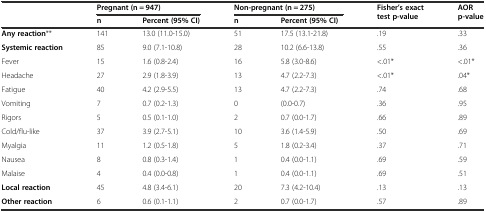
<table><thead><tr><td></td><td colspan="2"><b>Pregnant (n = 947)</b></td><td colspan="2"><b>Non-pregnant (n = 275)</b></td><td rowspan="2"><b>Fisher’s exact test p-value</b></td><td rowspan="2"><b>AOR p-value</b></td></tr><tr><td></td><td><b>n</b></td><td><b>Percent (95% CI)</b></td><td><b>n</b></td><td><b>Percent (95% CI)</b></td></tr></thead><tbody><tr><td><b>Any reaction</b>**</td><td>141</td><td>13.0 (11.0-15.0)</td><td>51</td><td>17.5 (13.1-21.8)</td><td>.19</td><td>.33</td></tr><tr><td><b>Systemic reaction</b></td><td>85</td><td>9.0 (7.1-10.8)</td><td>28</td><td>10.2 (6.6-13.8)</td><td>.55</td><td>.36</td></tr><tr><td>Fever</td><td>15</td><td>1.6 (0.8-2.4)</td><td>16</td><td>5.8 (3.0-8.6)</td><td>&lt;.01*</td><td>&lt;.01*</td></tr><tr><td>Headache</td><td>27</td><td>2.9 (1.8-3.9)</td><td>13</td><td>4.7 (2.2-7.3)</td><td>&lt;.01*</td><td>.04*</td></tr><tr><td>Fatigue</td><td>40</td><td>4.2 (2.9-5.5)</td><td>13</td><td>4.7 (2.2-7.3)</td><td>.74</td><td>.68</td></tr><tr><td>Vomiting</td><td>7</td><td>0.7 (0.2-1.3)</td><td>0</td><td>(0.0-0.7)</td><td>.36</td><td>.95</td></tr><tr><td>Rigors</td><td>5</td><td>0.5 (0.1-1.0)</td><td>2</td><td>0.7 (0.0-1.7)</td><td>.66</td><td>.89</td></tr><tr><td>Cold/flu-like</td><td>37</td><td>3.9 (2.7-5.1)</td><td>10</td><td>3.6 (1.4-5.9)</td><td>.50</td><td>.69</td></tr><tr><td>Myalgia</td><td>11</td><td>1.2 (0.5-1.8)</td><td>5</td><td>1.8 (0.2-3.4)</td><td>.37</td><td>.71</td></tr><tr><td>Nausea</td><td>8</td><td>0.8 (0.3-1.4)</td><td>1</td><td>0.4 (0.0-1.1)</td><td>.69</td><td>.59</td></tr><tr><td>Malaise</td><td>4</td><td>0.4 (0.0-0.8)</td><td>1</td><td>0.4 (0.0-1.1)</td><td>.69</td><td>.51</td></tr><tr><td><b>Local reaction</b></td><td>45</td><td>4.8 (3.4-6.1)</td><td>20</td><td>7.3 (4.2-10.4)</td><td>.13</td><td>.13</td></tr><tr><td><b>Other reaction</b></td><td>6</td><td>0.6 (0.1-1.1)</td><td>2</td><td>0.7 (0.0-1.7)</td><td>.57</td><td>.89</td></tr></tbody></table>